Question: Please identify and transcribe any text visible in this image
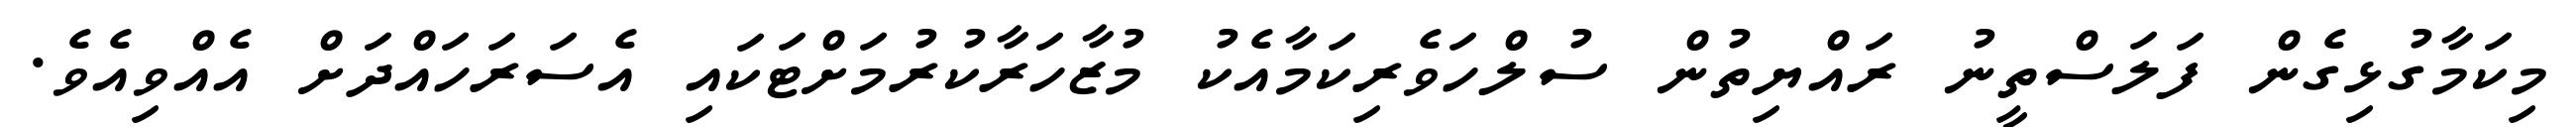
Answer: މިކަމާގުޅިގެން ފަލަސްތީނު ރައްޔިތުން ސުލްހަވެރިކަމާއެކު މުޒާހަރާކުރުމަށްޓަކައި އެސަރަހައްދަށް އެއްވިއެވެ.